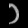
Digit: ၁